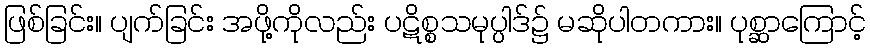
ဖြစ်ခြင်း။ ပျက်ခြင်း အဖို့ကိုလည်း ပဋိစ္စသမုပ္ပါဒ်၌ မဆိုပါတကား။ ပုစ္ဆာကြောင့်